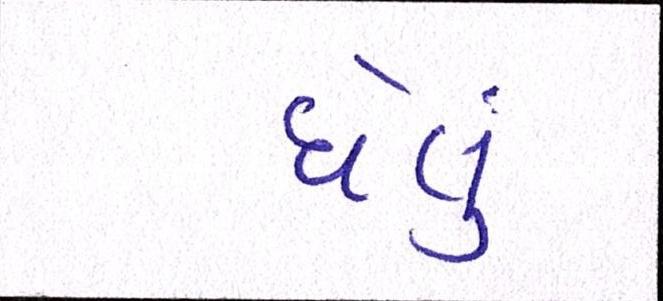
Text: ઘેલું